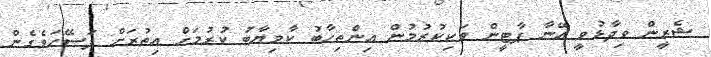
ޝެރީން ވިދާޅުވީ އޭނާ ޕާޓީން ވަކިކުރުމުން އިންތިހާބު ކާމިޔާބު ކުރުމަށް އިތުރަށް ފަސޭހަވެގެން